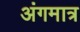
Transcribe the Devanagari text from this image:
अंगमात्र